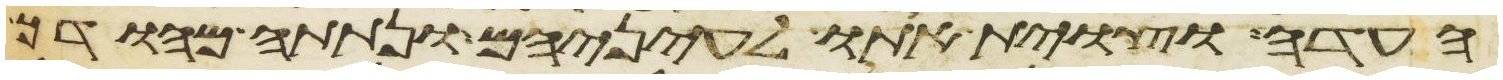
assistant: העדה וצוית אתו לעיניהם ונתתה מהודך